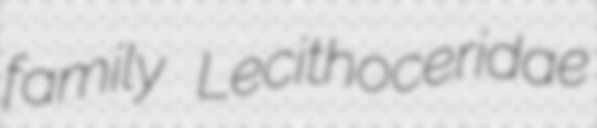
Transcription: family Lecithoceridae